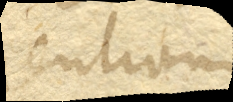
rentiam